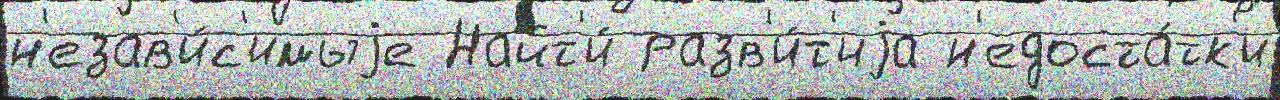
н'езав'и́с'имыjе Найт'и́ разв'и́т'иjа н'едоста́тк'и